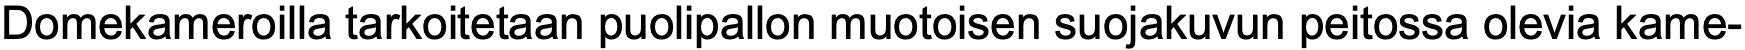
Domekameroilla tarkoitetaan puolipallon muotoisen suojakuvun peitossa olevia kame-